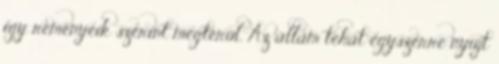
így reményeik szerint megtérül. Az állam tehát egyszerre nyújt